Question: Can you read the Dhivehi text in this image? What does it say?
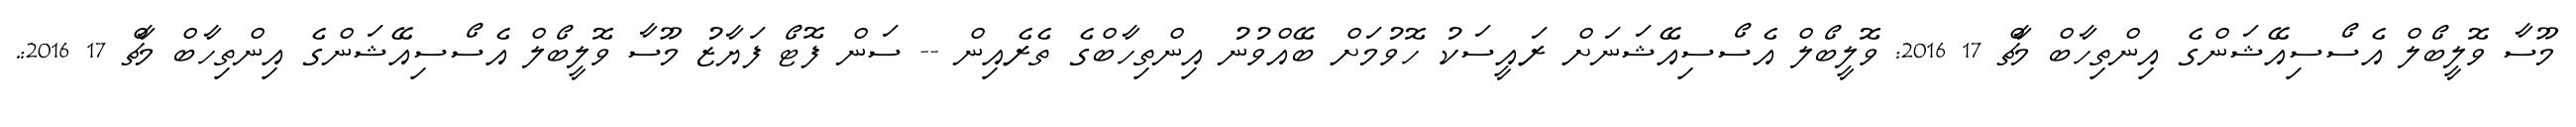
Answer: މޫސާ ވޮލީބޯލް އެސޯސިއޭޝަންގެ އިންތިހާބް މާޗް 17 2016: ވޮލީބޯލް އެސޯސިއޭޝަނަށް ރައީސަކު ހޮވުމަށް ބޭއްވުނު އިންތިހާބްގެ ތެރެއިން -- ސަން ފޮޓޯ ފަޔާޒު މޫސާ ވޮލީބޯލް އެސޯސިއޭޝަންގެ އިންތިހާބް މާޗް 17 2016:.